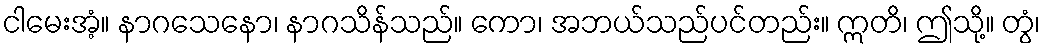
ငါမေးအံ့။ နာဂသေနော၊ နာဂသိန်သည်။ ကော၊ အဘယ်သည်ပင်တည်း။ ဣတိ၊ ဤသို့။ တွံ၊